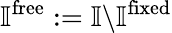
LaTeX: \mathbb{I}^{\mathrm{free}}:=\mathbb{I}\backslash\mathbb{I}^{\mathrm{fixed}}